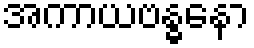
အကာယဗန္ဓနော